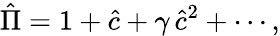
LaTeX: \hat{\Pi}=1+\hat{c}+\gamma\, \hat{c}^{2}+\cdots,